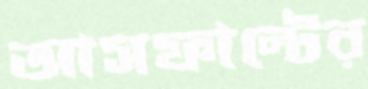
আসফাল্টের